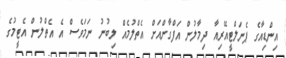
އިންޑިއާގެ ޕެނަލްޓީއޭރިއާ ދިމާލުން އަފްގާންއަށް އެތްލުމެއް ލިބުނު ނަމަވެސް އެ އެތްލުން އެޓީމުގެ